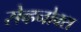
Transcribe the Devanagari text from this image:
सेव्हनोक्स